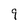
Character: 9